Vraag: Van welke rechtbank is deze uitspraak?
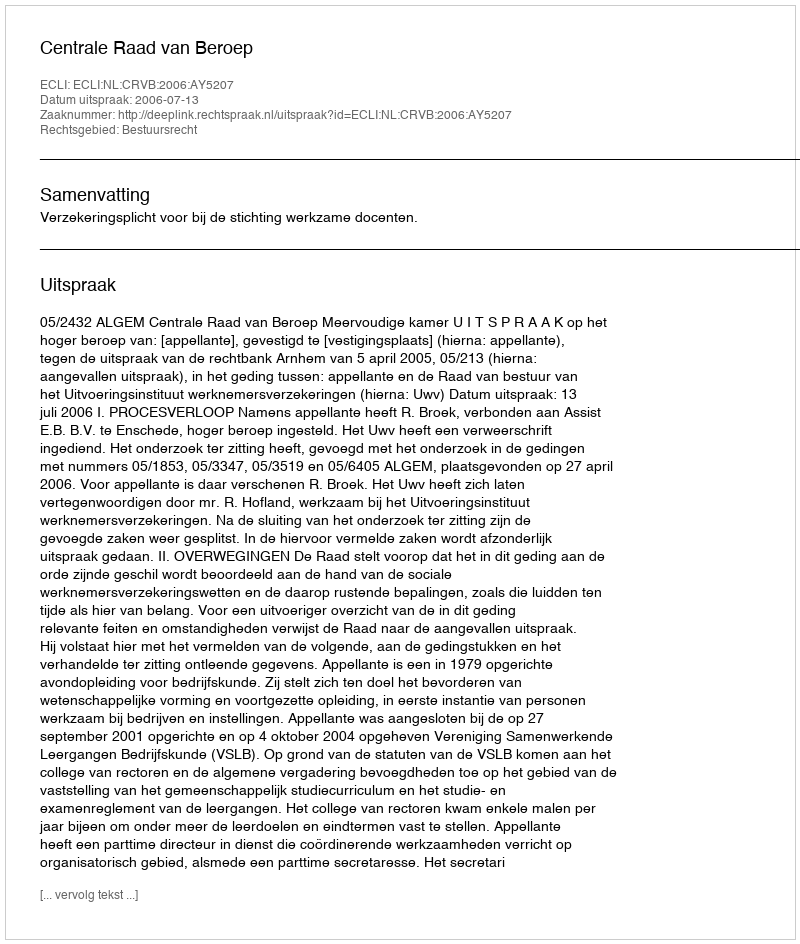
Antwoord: Centrale Raad van Beroep